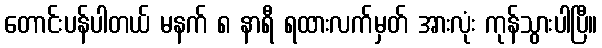
တောင်းပန်ပါတယ် မနက် ၈ နာရီ ရထားလက်မှတ် အားလုံး ကုန်သွားပါပြီ။